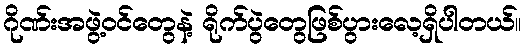
ဂိုဏ်းအဖွဲ့ဝင်တွေနဲ့ ရိုက်ပွဲတွေဖြစ်ပွားလေ့ရှိပါတယ်။